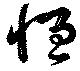
恒